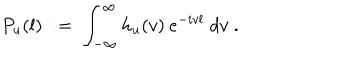
P _ { u } ( l ) \; : = \; \int _ { - \infty } ^ { \infty } h _ { u } ( v ) \: e ^ { - i v l } \; d v \; .